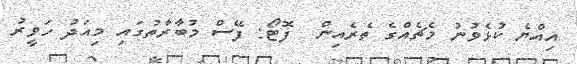
އިއްޔެ ކުޅެވުނު މެޗެއްގެ ތެރެއިން  ފޮޓޯ: ފޭސް މުބާރާތުގައި މިއަދު ހަވީރު